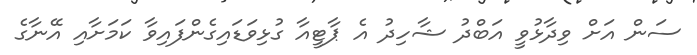
ސަން އަށް ވިދާޅުވީ އަބްދު ޝާހިދު އެ ޕާޓީއާ ގުޅިވަޑައިގެންފައިވާ ކަމަށާއި އޭނާގެ